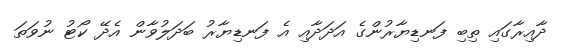
ދާއިރާގައި ތިބި ފަނޑިޔާރުންގެ އަދަދާއި އެ ފަނޑިޔާރު ބަދަލުވާން އެދޭ ކޯޓު ނުވަތަ